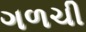
ગળચી